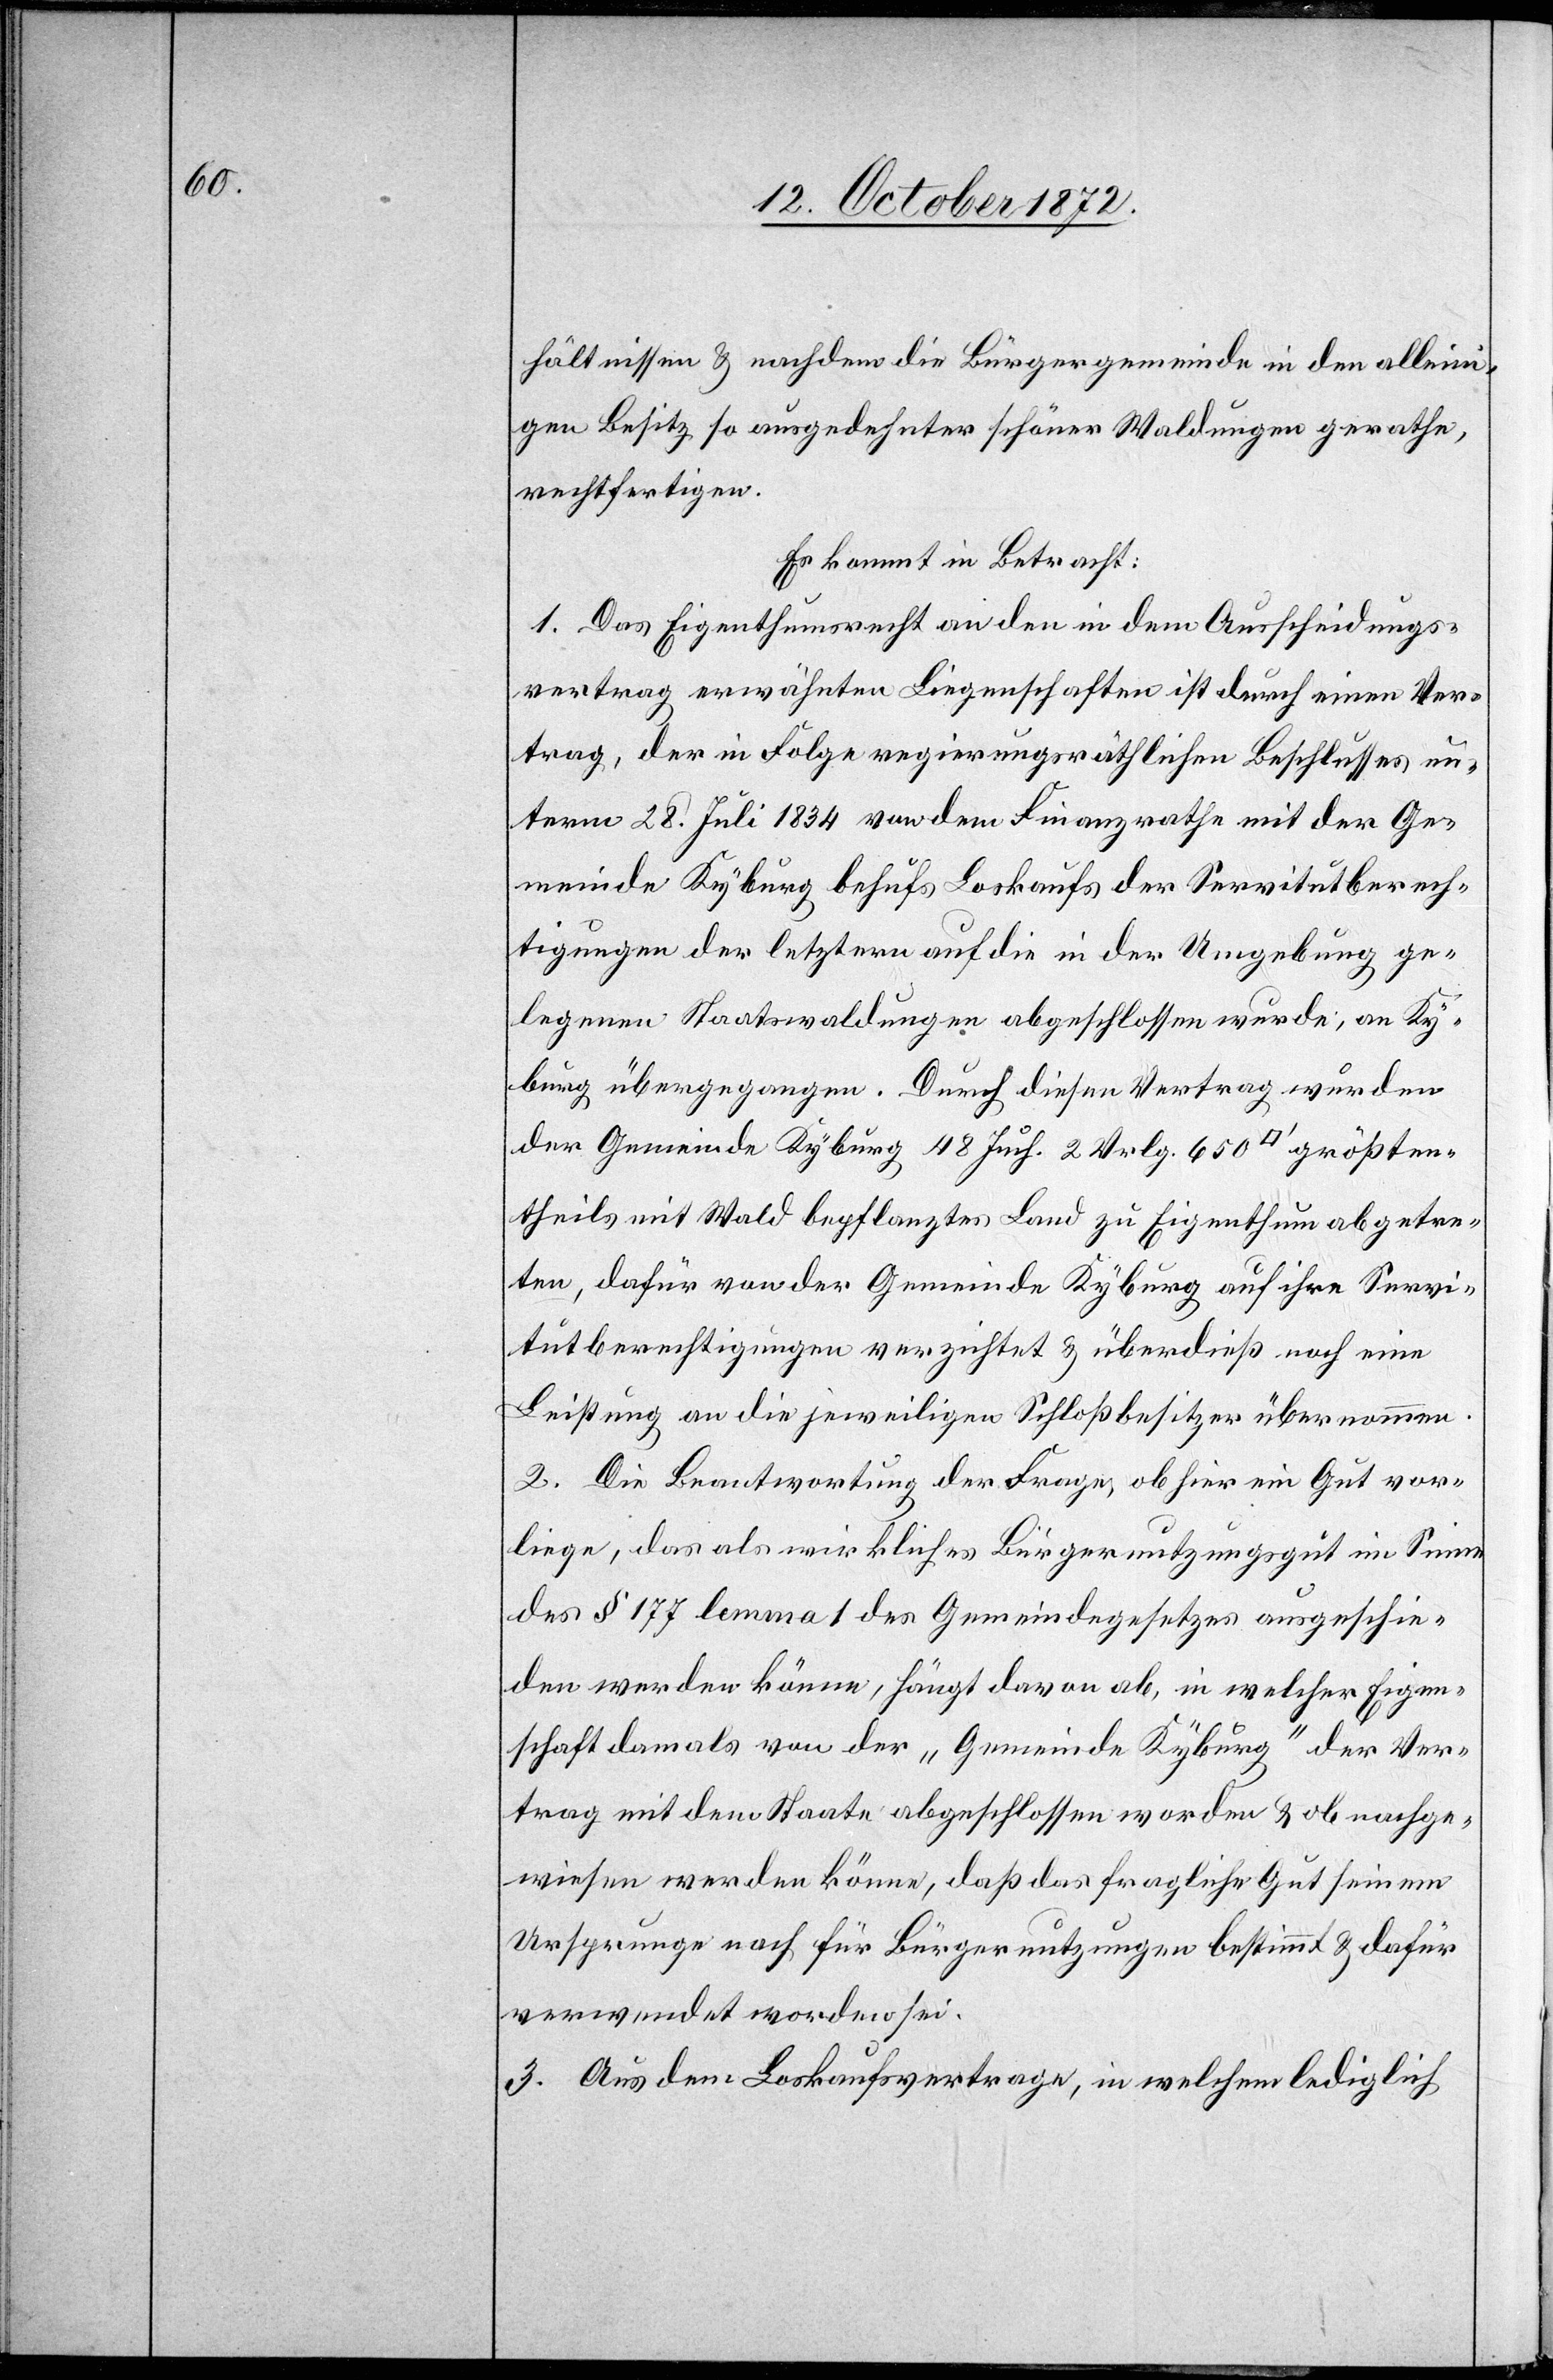
größten¬

hältnissen u. nachdem die Bürgergemeinde in den alleini¬
gen Besitz so ausgedehnter schöner Waldungen gerathe,
rechtfertigen.
Es kommt in Betracht:
1. Das Eigenthumsrecht an den in dem Ausscheidungs¬
vertrag erwähnten Liegenschaften ist durch einen Ver¬
trag, der in Folge regierungsräthlichen Beschlusses un¬
term 28. Juli 1834 von dem Finanzrathe mit der Ge¬
meinde Kyburg behufs Loskaufs der Servitutberech¬
tigungen der letztern auf die in der Umgebung ge¬
legenen Staatswaldungen abgeschlossen wurde, an Ky¬
burg übergegangen. Durch diesen Vertrag wurden
der Gemeinde Kyburg 48 Juch. 2 Vrlg. 650 [Quadratfuss]
theils mit Wald bepflanztes Land zu Eigenthum abgetre¬
ten, dafür von der Gemeinde Kyburg auf ihre Servi¬
tutberechtigungen verzichtet u. überdieß noch eine
Leistung an die jeweiligen Schloßbesitzer übernommen.
2. Die Beantwortung der Frage, ob hier ein Gut vor¬
liege, das als wirkliches Bürgernutzungsgut im Sinne
des § 177 lemma 1 des Gemeindegesetzes ausgeschie¬
den werden könne, hängt davon ab, in welcher Eigen¬
schaft damals von der „Gemeinde Kyburg“ der Ver¬
trag mit dem Staate abgeschlossen worden u. ob nachge¬
wiesen werden könne, daß das fragliche Gut seinem
Ursprunge nach für Bürgernutzungen bestimmt u. dafür
verwendet worden sei.
3. Aus dem Loskaufsvertrage, in welchem lediglich